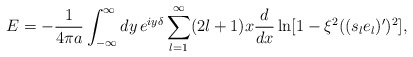
\begin{align*}E=-{1\over4\pi a}\int_{-\infty}^\infty dy\,e^{iy\delta}\sum_{l=1}^\infty(2l+1)x{d\over dx}\ln[1-\xi^2((s_le_l)')^2],\end{align*}